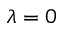
\lambda = 0